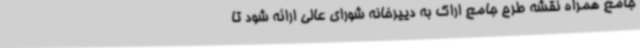
جامع همراه نقشه طرح جامع اراک به دییرخانه شورای عالی ارائه شود تا